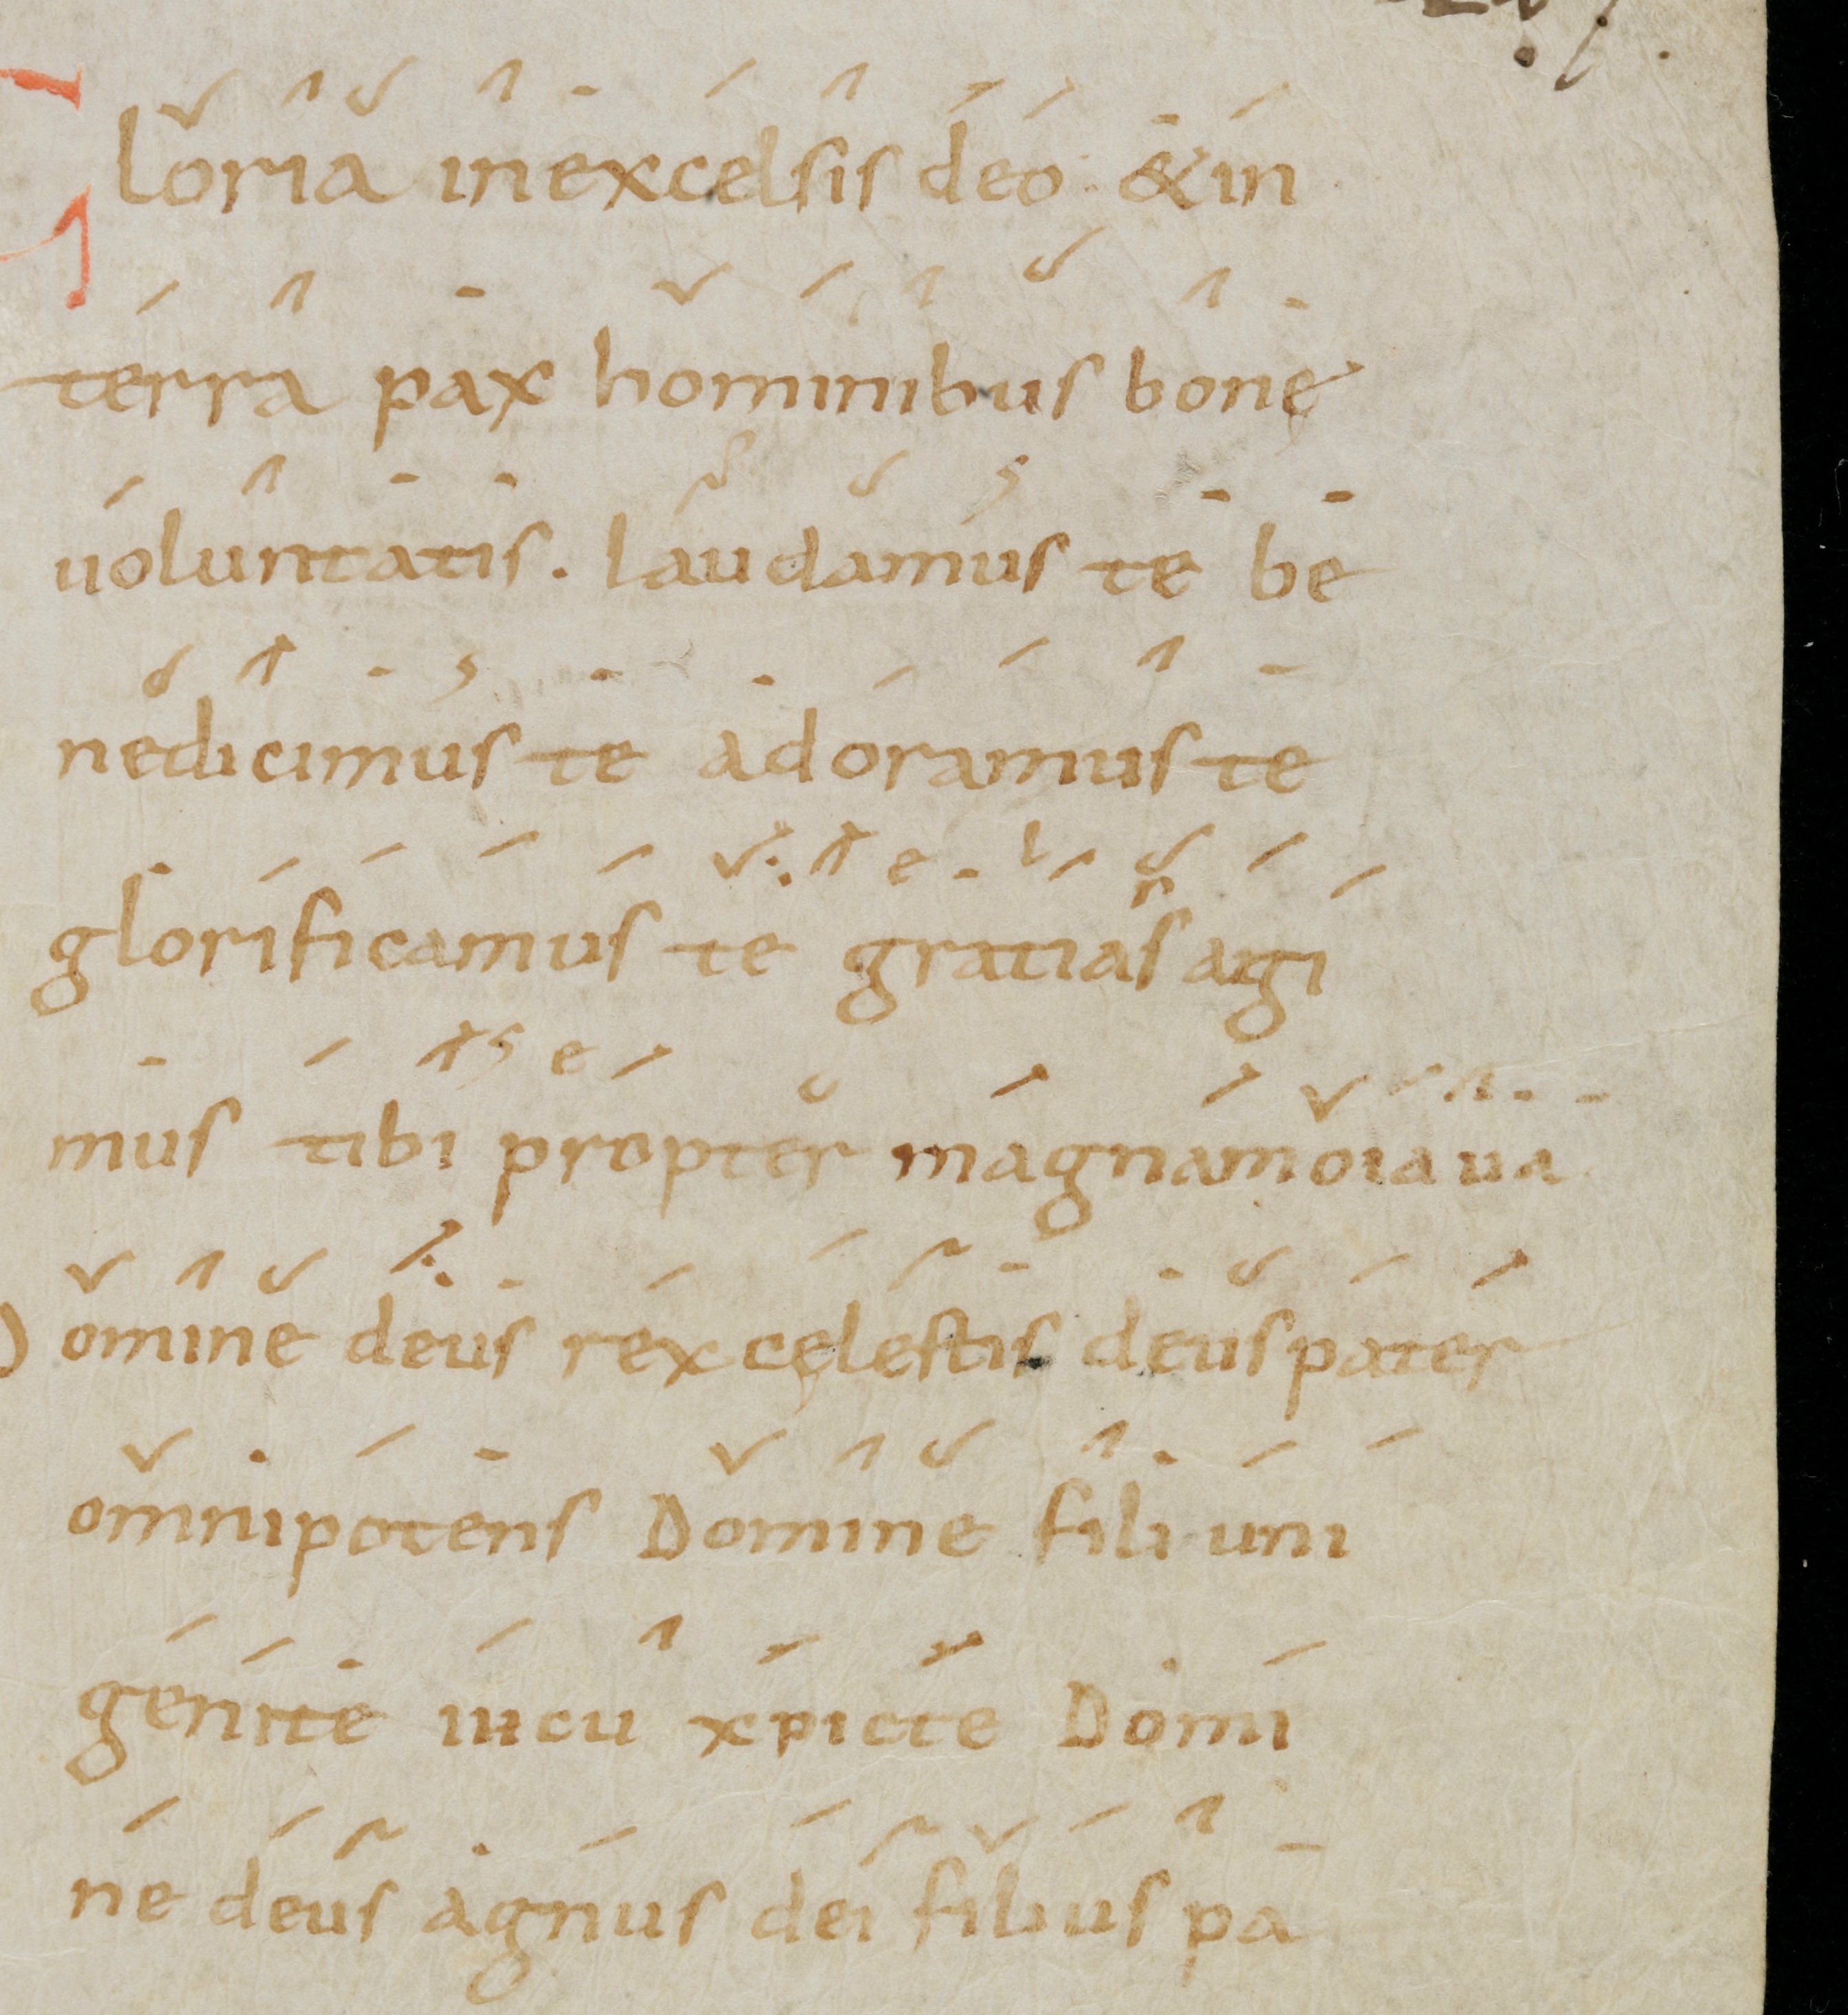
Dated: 900–999